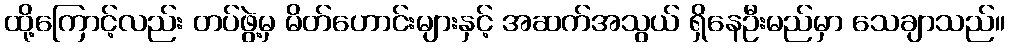
ထို့ကြောင့်လည်း တပ်ဖွဲ့မှ မိတ်ဟောင်းများနှင့် အဆက်အသွယ် ရှိနေဦးမည်မှာ သေချာသည်။